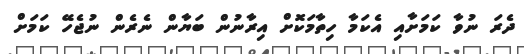
ދެރަ ނުވާ ކަމަށާއި އެކަމާ ހިތާމަކޮށް އިރާނުން ބަޔާން ނެރެން ނުޖެހޭ ކަމަށް